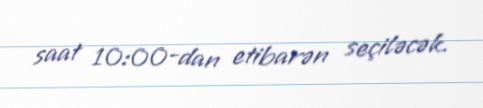
saat 10:00-dan etibarən seçiləcək.